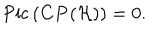
LaTeX: \mathrm { P i c } \, ( { \bf C P } ( { \cal H } ) ) = 0 .